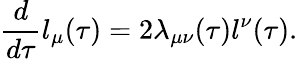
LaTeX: \frac{d}{d\tau}l_{\mu}(\tau)=2\lambda_{\mu\nu}(\tau)l^{\nu}(\tau).